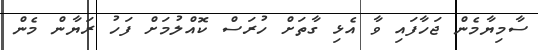
ސާމިޔާމެން ޖަހާފައި ވާ އެޅި ގާތަށް ހުރަސް ކޮއްލުމަށް ފަހު ރަޔާން މެން